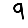
Digit: 9